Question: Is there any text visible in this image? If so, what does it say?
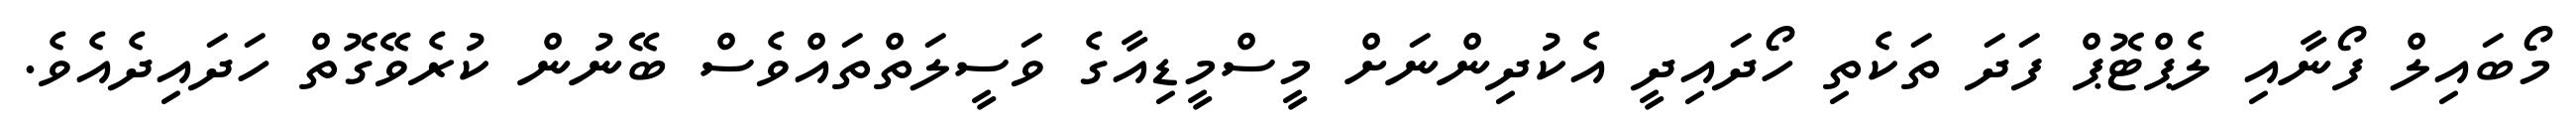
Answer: މޯބައިލް ފޯނާއި ލެޕްޓޮޕް ފަދަ ތަކެތި ހޯދައިދީ އެކުދިންނަށް މީސްމީޑިއާގެ ވަސީލަތްތައްވެސް ބޭނުން ކުރެވޭގޮތް ހަދައިދެއެވެ.